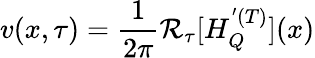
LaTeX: v(x,\tau)=\frac{1}{2\pi}\mathcal{R}_{\tau}[H_{Q}^{'(T)}](x)